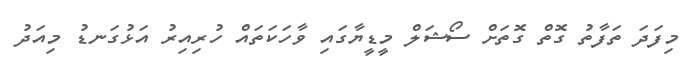
މިފަދަ ތަފާތު ގޮތް ގޮތަށް ސޯޝަލް މީޑީޔާގައި ވާހަކަތައް ހުރިއިރު އަޅުގަނޑު މިއަދު